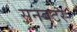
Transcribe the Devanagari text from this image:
सनबटर